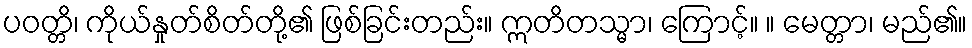
ပဝတ္တိ၊ ကိုယ်နှုတ်စိတ်တို့၏ ဖြစ်ခြင်းတည်း။ ဣတိတသ္မာ၊ ကြောင့်။ ။ မေတ္တာ၊ မည်၏။